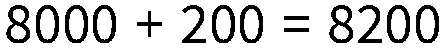
8000 + 200 = 8200